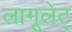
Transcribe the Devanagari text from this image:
लागूलेट्